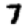
Digit: 7